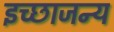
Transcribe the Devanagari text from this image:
इच्छाजन्य